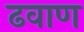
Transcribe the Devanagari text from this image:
ढवाण